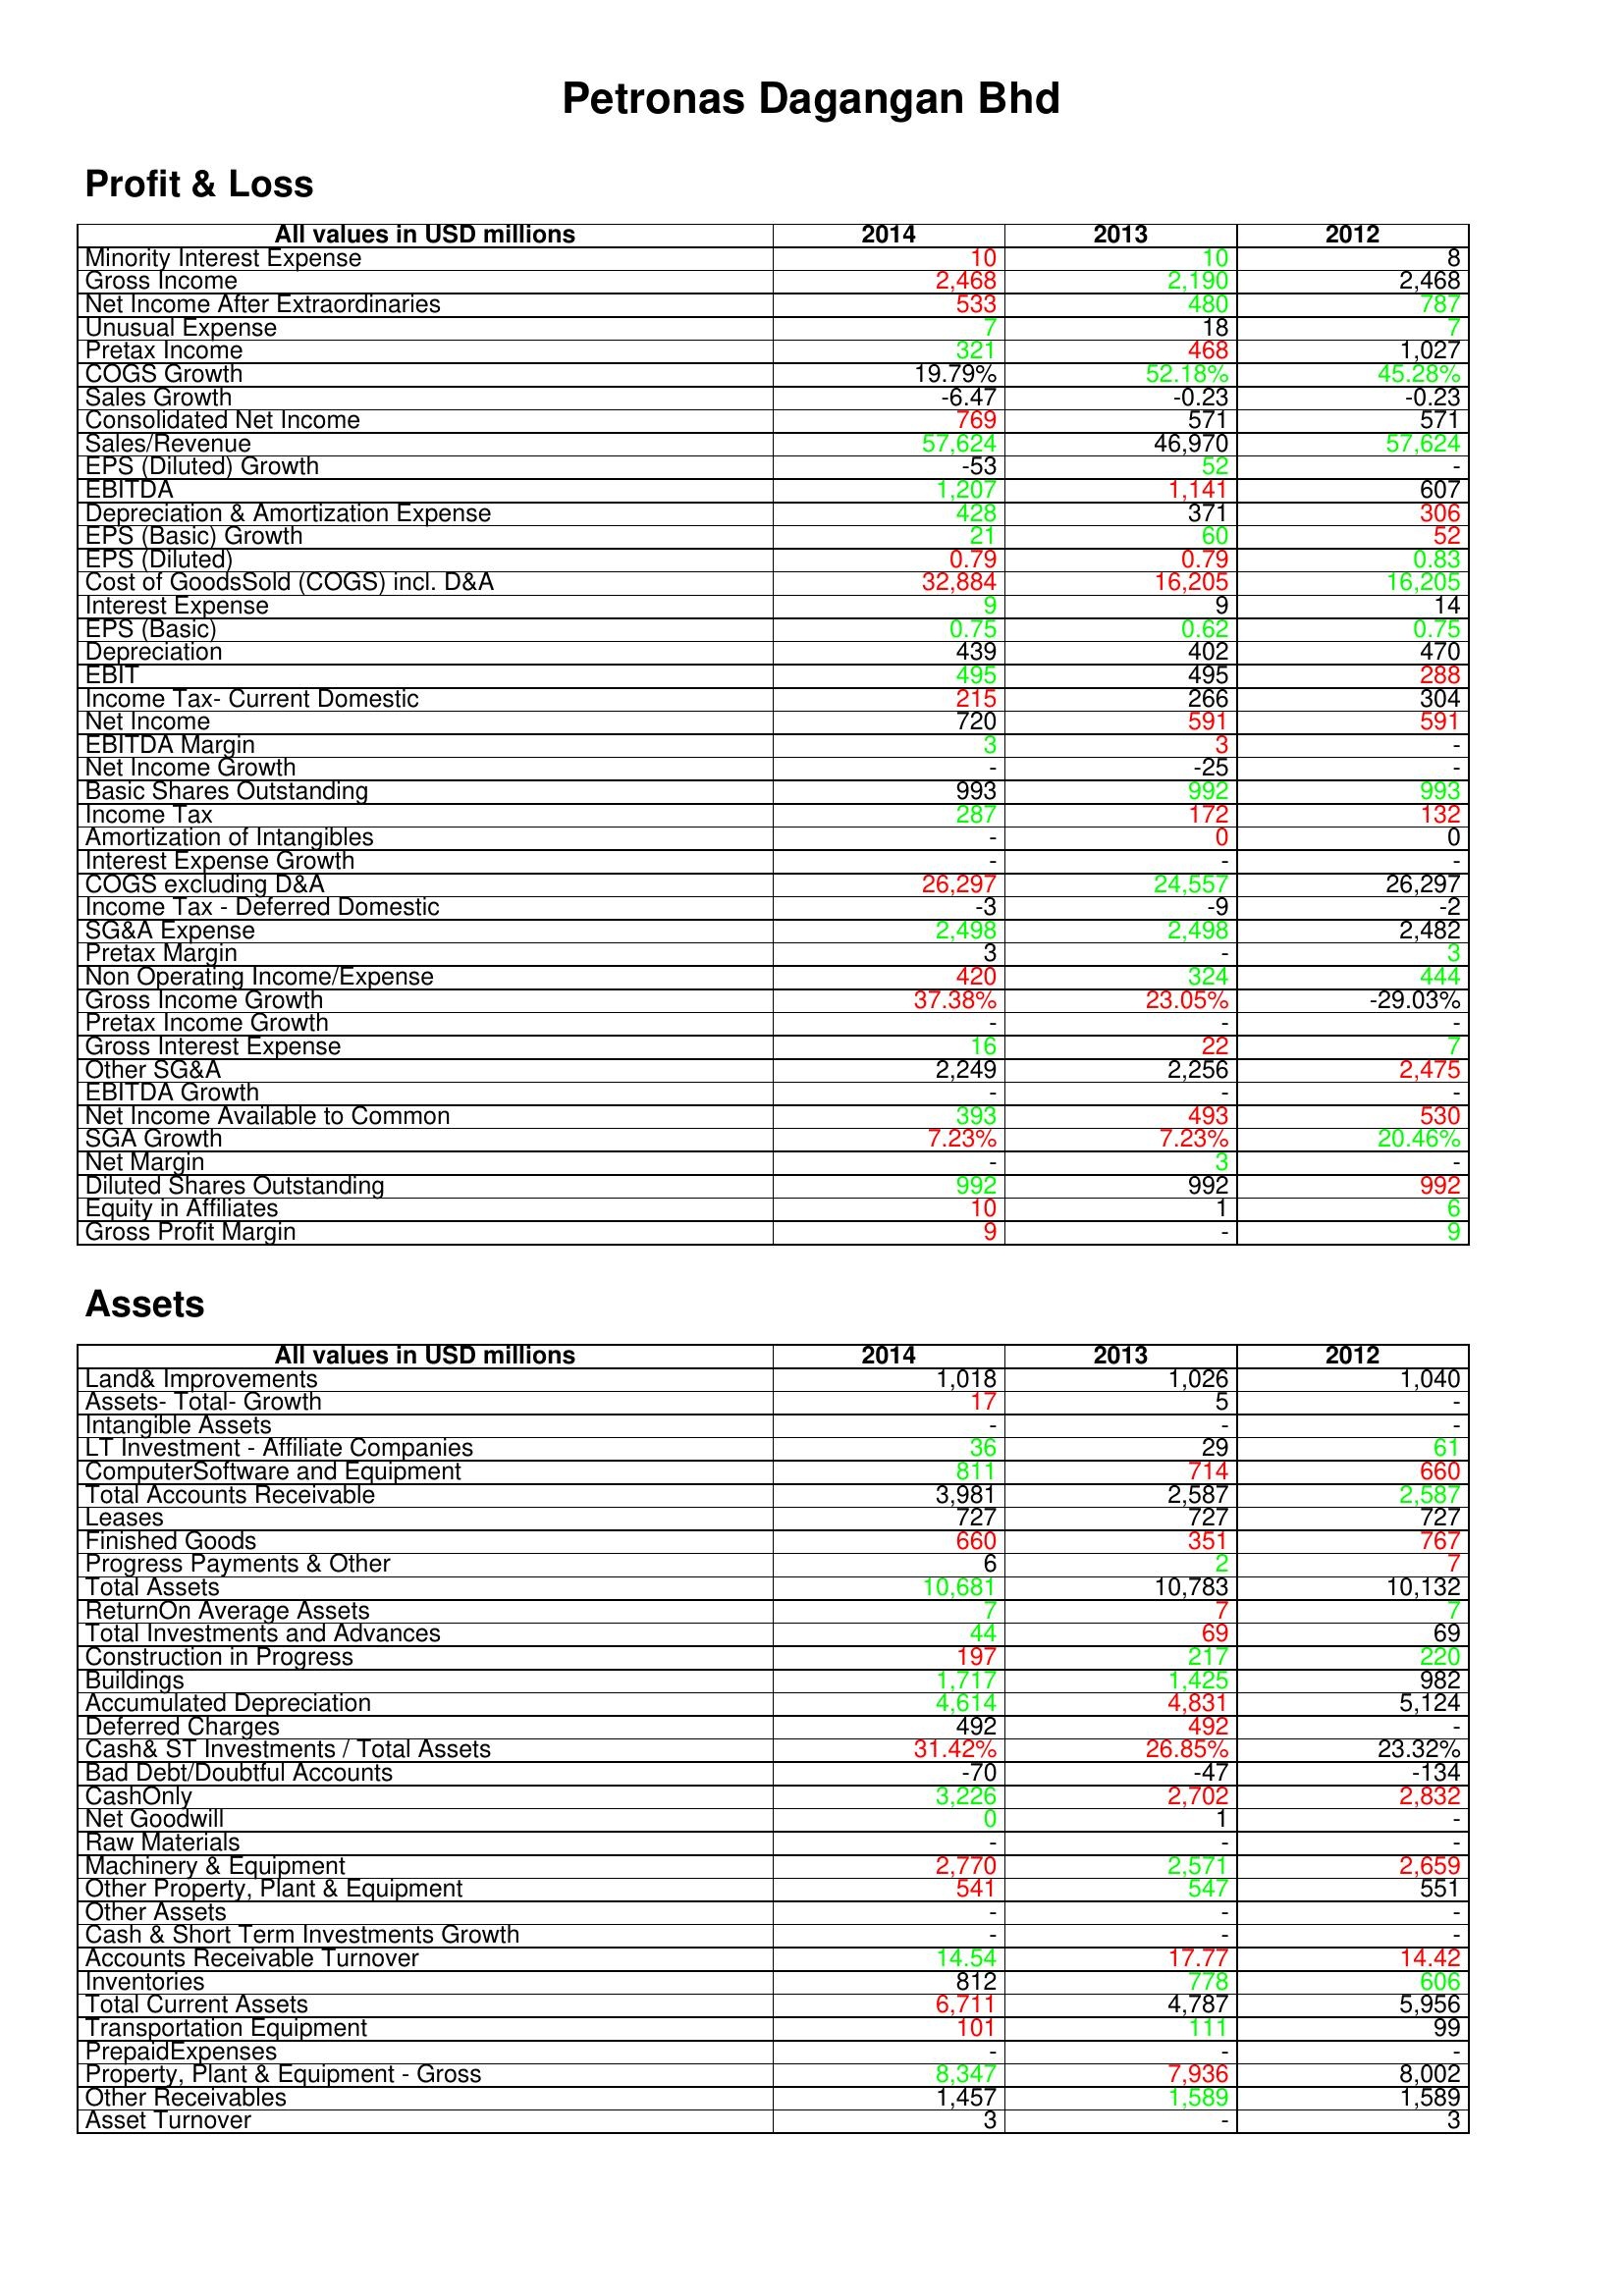
gt_parse: 2014: Profit & Loss: Minority Interest Expense: 10
Gross Income: 2,468
Net Income After Extraordinaries: 533
Unusual Expense: 7
Pretax Income: 321
COGS Growth: 19.79%
Sales Growth: -6.47
Consolidated Net Income: 769
Sales/Revenue: 57,624
EPS (Diluted) Growth: -53
EBITDA: 1,207
Depreciation & Amortization Expense: 428
EPS (Basic) Growth: 21
EPS (Diluted): 0.79
Cost of GoodsSold (COGS) incl. D&A: 32,884
Interest Expense: 9
EPS (Basic): 0.75
Depreciation: 439
EBIT: 495
Income Tax- Current Domestic: 215
Net Income: 720
EBITDA Margin: 3
Net Income Growth: -
Basic Shares Outstanding: 993
Income Tax: 287
Amortization of Intangibles: -
Interest Expense Growth: -
COGS excluding D&A: 26,297
Income Tax - Deferred Domestic: -3
SG&A Expense: 2,498
Pretax Margin: 3
Non Operating Income/Expense: 420
Gross Income Growth: 37.38%
Pretax Income Growth: -
Gross Interest Expense: 16
Other SG&A: 2,249
EBITDA Growth: -
Net Income Available to Common: 393
SGA Growth: 7.23%
Net Margin: -
Diluted Shares Outstanding: 992
Equity in Affiliates: 10
Gross Profit Margin: 9
Assets: Land& Improvements: 1,018
Assets- Total- Growth: 17
Intangible Assets: -
LT Investment - Affiliate Companies: 36
ComputerSoftware and Equipment: 811
Total Accounts Receivable: 3,981
Leases: 727
Finished Goods: 660
Progress Payments & Other: 6
Total Assets: 10,681
ReturnOn Average Assets: 7
Total Investments and Advances: 44
Construction in Progress: 197
Buildings: 1,717
Accumulated Depreciation: 4,614
Deferred Charges: 492
Cash& ST Investments / Total Assets: 31.42%
Bad Debt/Doubtful Accounts: -70
CashOnly: 3,226
Net Goodwill: 0
Raw Materials: -
Machinery & Equipment: 2,770
Other Property, Plant & Equipment: 541
Other Assets: -
Cash & Short Term Investments Growth: -
Accounts Receivable Turnover: 14.54
Inventories: 812
Total Current Assets: 6,711
Transportation Equipment: 101
PrepaidExpenses: -
Property, Plant & Equipment - Gross : 8,347
Other Receivables: 1,457
Asset Turnover: 3
2013: Profit & Loss: Minority Interest Expense: 10
Gross Income: 2,190
Net Income After Extraordinaries: 480
Unusual Expense: 18
Pretax Income: 468
COGS Growth: 52.18%
Sales Growth: -0.23
Consolidated Net Income: 571
Sales/Revenue: 46,970
EPS (Diluted) Growth: 52
EBITDA: 1,141
Depreciation & Amortization Expense: 371
EPS (Basic) Growth: 60
EPS (Diluted): 0.79
Cost of GoodsSold (COGS) incl. D&A: 16,205
Interest Expense: 9
EPS (Basic): 0.62
Depreciation: 402
EBIT: 495
Income Tax- Current Domestic: 266
Net Income: 591
EBITDA Margin: 3
Net Income Growth: -25
Basic Shares Outstanding: 992
Income Tax: 172
Amortization of Intangibles: 0
Interest Expense Growth: -
COGS excluding D&A: 24,557
Income Tax - Deferred Domestic: -9
SG&A Expense: 2,498
Pretax Margin: -
Non Operating Income/Expense: 324
Gross Income Growth: 23.05%
Pretax Income Growth: -
Gross Interest Expense: 22
Other SG&A: 2,256
EBITDA Growth: -
Net Income Available to Common: 493
SGA Growth: 7.23%
Net Margin: 3
Diluted Shares Outstanding: 992
Equity in Affiliates: 1
Gross Profit Margin: -
Assets: Land& Improvements: 1,026
Assets- Total- Growth: 5
Intangible Assets: -
LT Investment - Affiliate Companies: 29
ComputerSoftware and Equipment: 714
Total Accounts Receivable: 2,587
Leases: 727
Finished Goods: 351
Progress Payments & Other: 2
Total Assets: 10,783
ReturnOn Average Assets: 7
Total Investments and Advances: 69
Construction in Progress: 217
Buildings: 1,425
Accumulated Depreciation: 4,831
Deferred Charges: 492
Cash& ST Investments / Total Assets: 26.85%
Bad Debt/Doubtful Accounts: -47
CashOnly: 2,702
Net Goodwill: 1
Raw Materials: -
Machinery & Equipment: 2,571
Other Property, Plant & Equipment: 547
Other Assets: -
Cash & Short Term Investments Growth: -
Accounts Receivable Turnover: 17.77
Inventories: 778
Total Current Assets: 4,787
Transportation Equipment: 111
PrepaidExpenses: -
Property, Plant & Equipment - Gross : 7,936
Other Receivables: 1,589
Asset Turnover: -
2012: Profit & Loss: Minority Interest Expense: 8
Gross Income: 2,468
Net Income After Extraordinaries: 787
Unusual Expense: 7
Pretax Income: 1,027
COGS Growth: 45.28%
Sales Growth: -0.23
Consolidated Net Income: 571
Sales/Revenue: 57,624
EPS (Diluted) Growth: -
EBITDA: 607
Depreciation & Amortization Expense: 306
EPS (Basic) Growth: 52
EPS (Diluted): 0.83
Cost of GoodsSold (COGS) incl. D&A: 16,205
Interest Expense: 14
EPS (Basic): 0.75
Depreciation: 470
EBIT: 288
Income Tax- Current Domestic: 304
Net Income: 591
EBITDA Margin: -
Net Income Growth: -
Basic Shares Outstanding: 993
Income Tax: 132
Amortization of Intangibles: 0
Interest Expense Growth: -
COGS excluding D&A: 26,297
Income Tax - Deferred Domestic: -2
SG&A Expense: 2,482
Pretax Margin: 3
Non Operating Income/Expense: 444
Gross Income Growth: -29.03%
Pretax Income Growth: -
Gross Interest Expense: 7
Other SG&A: 2,475
EBITDA Growth: -
Net Income Available to Common: 530
SGA Growth: 20.46%
Net Margin: -
Diluted Shares Outstanding: 992
Equity in Affiliates: 6
Gross Profit Margin: 9
Assets: Land& Improvements: 1,040
Assets- Total- Growth: -
Intangible Assets: -
LT Investment - Affiliate Companies: 61
ComputerSoftware and Equipment: 660
Total Accounts Receivable: 2,587
Leases: 727
Finished Goods: 767
Progress Payments & Other: 7
Total Assets: 10,132
ReturnOn Average Assets: 7
Total Investments and Advances: 69
Construction in Progress: 220
Buildings: 982
Accumulated Depreciation: 5,124
Deferred Charges: -
Cash& ST Investments / Total Assets: 23.32%
Bad Debt/Doubtful Accounts: -134
CashOnly: 2,832
Net Goodwill: -
Raw Materials: -
Machinery & Equipment: 2,659
Other Property, Plant & Equipment: 551
Other Assets: -
Cash & Short Term Investments Growth: -
Accounts Receivable Turnover: 14.42
Inventories: 606
Total Current Assets: 5,956
Transportation Equipment: 99
PrepaidExpenses: -
Property, Plant & Equipment - Gross : 8,002
Other Receivables: 1,589
Asset Turnover: 3